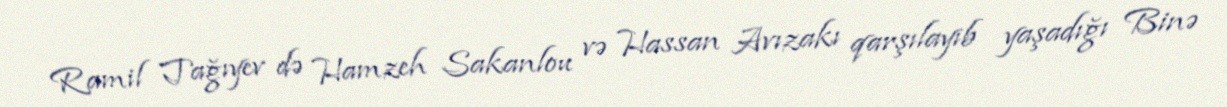
Ramil Tağıyev də Hamzeh Sakanlou və Hassan Avızakı qarşılayıb yaşadığı Binə